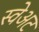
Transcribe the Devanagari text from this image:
स्वेअट